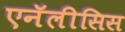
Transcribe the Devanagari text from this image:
एनॅलीसिस